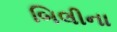
બિલીના